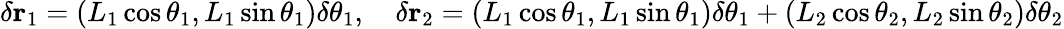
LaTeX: \delta\mathbf{r}_{1}=(L_{1}\cos\theta_{1},L_{1}\sin\theta_{1})\delta\theta_{1},\quad\delta\mathbf{r}_{2}=(L_{1}\cos\theta_{1},L_{1}\sin\theta_{1})\delta\theta_{1}+(L_{2}\cos\theta_{2},L_{2}\sin\theta_{2})\delta\theta_{2}